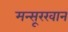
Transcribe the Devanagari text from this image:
मन्सूरखान